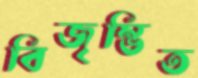
বিজৃম্ভিত